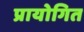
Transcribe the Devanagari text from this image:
प्रायोगित